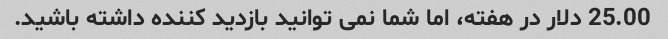
25.00 دلار در هفته، اما شما نمی توانید بازدید کننده داشته باشید.